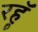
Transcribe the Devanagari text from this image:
रहॅू